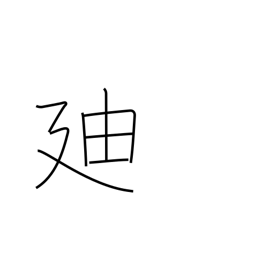
Meaning: proceed